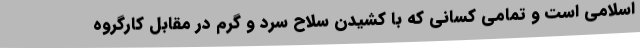
اسلامی است و تمامی کسانی که با کشیدن سلاح سرد و گرم در مقابل کارگروه